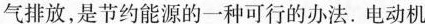
气排放，是节约能源的一种可行的办法。电动机